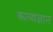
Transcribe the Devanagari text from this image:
काव्यज्ञान